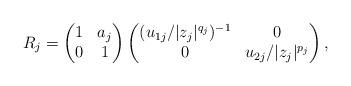
LaTeX: \begin{align*}R_j = \begin{pmatrix} 1&a_j\\0&1\end{pmatrix}\begin{pmatrix} (u_{1j}/|z_j|^{q_j})^{-1}&0\\0&u_{2j}/|z_j|^{p_j}\end{pmatrix},\end{align*}